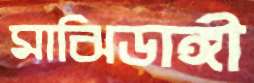
মাঝিডাঙ্গী